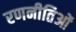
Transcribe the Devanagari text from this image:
रणनीतिओं